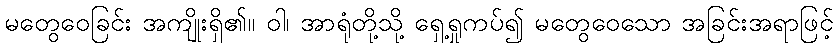
မတွေဝေခြင်း အကျိုးရှိ၏။ ဝါ၊ အာရုံတို့သို့ ရှေ့ရှုကပ်၍ မတွေဝေသော အခြင်းအရာဖြင့်